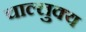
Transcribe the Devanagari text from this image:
चाल्लुक्य